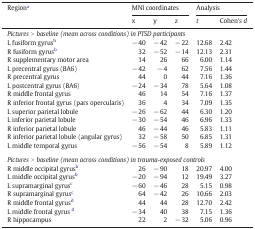
| <ROWSPAN=2> Regiona | <COLSPAN=3> MNI coordinates | <COLSPAN=2> Analysis |
 | x | y | z | t | Cohen's d |
 | --- | --- | --- | --- | --- | --- |
 | <COLSPAN=6> Pictures > baseline (mean across conditions) in PTSD participants |
 | L fusiform gyrusb | − 40 | − 42 | − 22 | 12.68 | 2.42 |
 | R fusiform gyrusb | 32 | − 52 | − 14 | 12.13 | 2.31 |
 | R supplementary motor area | 14 | 26 | 66 | 6.00 | 1.14 |
 | L precentral gyrus (BA6) | − 42 | − 4 | 62 | 7.56 | 1.44 |
 | R precentral gyrus | 44 | 0 | 44 | 7.16 | 1.36 |
 | L postcentral gyrus (BA6) | − 24 | − 34 | 78 | 5.64 | 1.08 |
 | R middle frontal gyrus | 46 | 14 | 54 | 7.16 | 1.37 |
 | R inferior frontal gyrus (pars opercularis) | 36 | 4 | 34 | 7.09 | 1.35 |
 | L superior parietal lobule | − 26 | − 62 | 44 | 6.30 | 1.20 |
 | L inferior parietal lobule | − 30 | − 54 | 46 | 6.96 | 1.33 |
 | R inferior parietal lobule | 46 | − 44 | 46 | 5.83 | 1.11 |
 | R inferior parietal lobule (angular gyrus) | 32 | − 58 | 50 | 6.85 | 1.31 |
 | L middle temporal gyrus | − 56 | − 54 | 8 | 5.89 | 1.12 |
 | <COLSPAN=6>  |
 | <COLSPAN=6> Pictures > baseline (mean across conditions) in trauma-exposed controls |
 | R middle occipital gyrusb | 26 | − 90 | 18 | 20.97 | 4.00 |
 | L middle occipital gyrusb | − 20 | − 94 | 12 | 19.49 | 3.27 |
 | L supramarginal gyrusc | − 60 | − 46 | 28 | 5.15 | 0.98 |
 | R supramarginal gyrusc | 64 | − 42 | 26 | 10.66 | 2.03 |
 | R middle frontal gyrusd | 44 | 44 | 28 | 12.70 | 2.42 |
 | L middle frontal gyrus d | − 34 | 40 | 38 | 7.15 | 1.36 |
 | R hippocampus | 22 | 2 | − 32 | 5.06 | 0.96 |